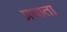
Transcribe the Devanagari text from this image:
प्रघाता